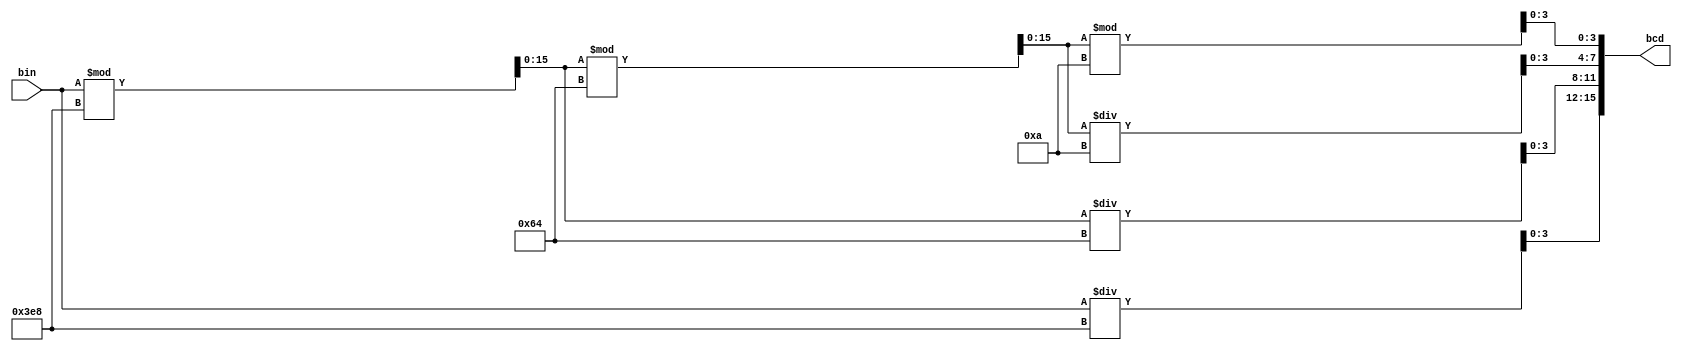
`timescale 1ns / 1ps
//////////////////////////////////////////////////////////////////////////////////
// Company: 
// Engineer: 
// 
// Design Name: 
// Module Name: binary_to_bcd
// Project Name: 
// Target Devices: 
// Tool Versions: 
// Description: 
// 
// Dependencies: 
// 
// Revision:
// Revision 0.01 - File Created
// Additional Comments:
// 
//////////////////////////////////////////////////////////////////////////////////


module binary_to_bcd(
    input      [15:0] bin,
    output reg [15:0] bcd
    );
    
    reg [15:0] bcd_data = 0;
    
    always @(bin)
    begin
        bcd_data   = bin;
        bcd[15:12] = bcd_data / 1000;
        bcd_data   = bcd_data % 1000;
        
        bcd[11:8]  = bcd_data / 100;
        bcd_data   = bcd_data % 100;
        
        bcd[7:4]   = bcd_data / 10;
        bcd[3:0]   = bcd_data % 10;
    end
    
endmodule